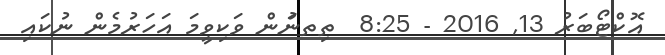
އޮކްޓޯބަރު 13